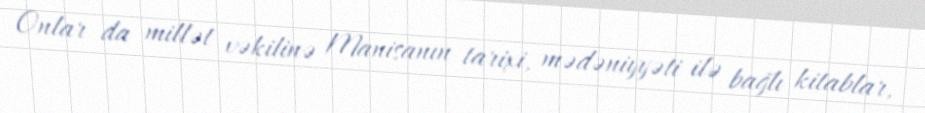
Onlar da millət vəkilinə Manisanın tarixi, mədəniyyəti ilə bağlı kitablar,